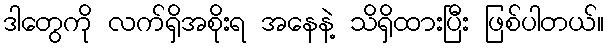
ဒါတွေကို လက်ရှိအစိုးရ အနေနဲ့ သိရှိထားပြီး ဖြစ်ပါတယ်။